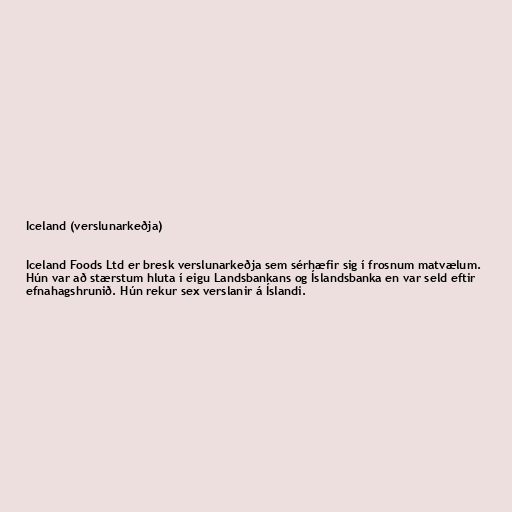
Iceland (verslunarkeðja)

Iceland Foods Ltd er bresk verslunarkeðja sem sérhæfir sig í frosnum matvælum.
Hún var að stærstum hluta í eigu Landsbankans og Íslandsbanka en var seld eftir
efnahagshrunið. Hún rekur sex verslanir á Íslandi.